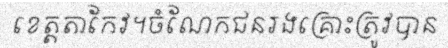
ខេត្តតាកែវ។ចំណែកជនរងគ្រោះត្រូវបាន